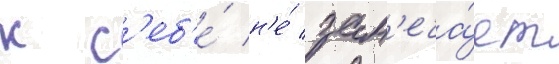
к с'еб'е́ н'е́ зам'еча́ет